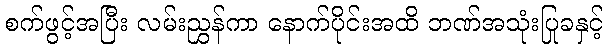
စက်ဖွင့်အပြီး လမ်းညွှန်ကာ နောက်ပိုင်းအထိ ဘဏ်အသုံးပြုခနှင့်